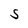
Character: S